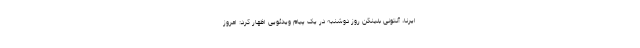
ایرنا، آنتونی بلینکن روز دوشنبه در یک پیام ویدئویی اظهار کرد: امروز